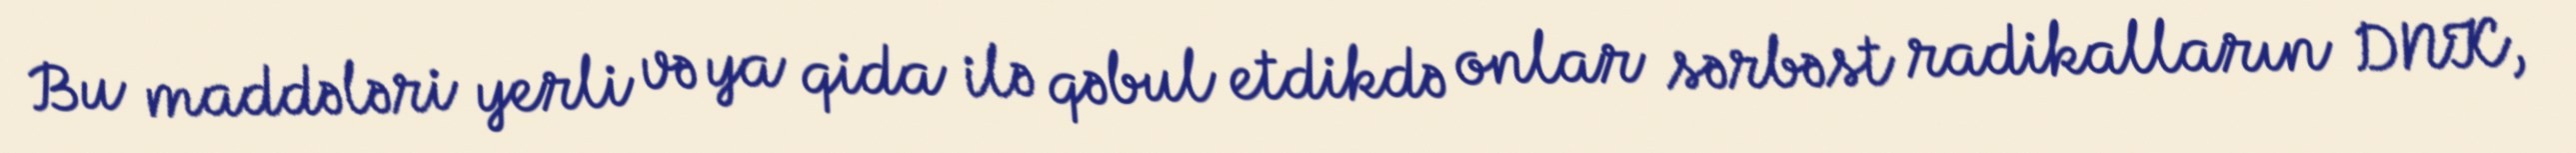
Bu maddələri yerli və ya qida ilə qəbul etdikdə onlar sərbəst radikalların DNK,